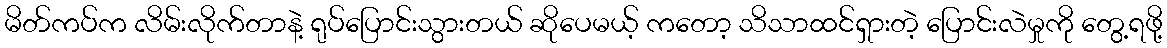
မိတ်ကပ်က လိမ်းလိုက်တာနဲ့ ရုပ်ပြောင်းသွားတယ် ဆိုပေမယ့် ကတော့ သိသာထင်ရှားတဲ့ ပြောင်းလဲမှုကို တွေ့ရဖို့